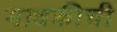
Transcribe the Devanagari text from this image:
गावकीची